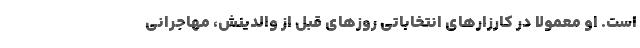
است. او معمولا در کارزارهای انتخاباتی روزهای قبل از والدینش، مهاجرانی